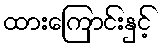
ထားကြောင်းနှင့်